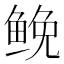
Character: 𩾃